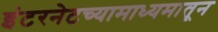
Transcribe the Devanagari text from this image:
इंटरनेटच्यामाध्यमातून